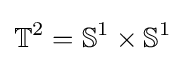
\mathbb {T} ^{2}=\mathbb {S} ^{1}\times \mathbb {S} ^{1}